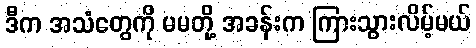
ဒီက အသံတွေကို မမတို့ အခန်းက ကြားသွားလိမ့်မယ်